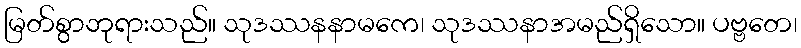
မြတ်စွာဘုရားသည်။ သုဒဿနနာမကေ၊ သုဒဿနာအမည်ရှိသော။ ပဗ္ဗတေ၊